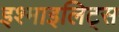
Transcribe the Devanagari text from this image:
इश्माइलिट्स